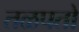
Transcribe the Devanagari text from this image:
तळपतो